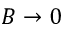
B \rightarrow 0